Lunatic asylums United Prov. 1922-30 - 1922-1930
Year: 1922
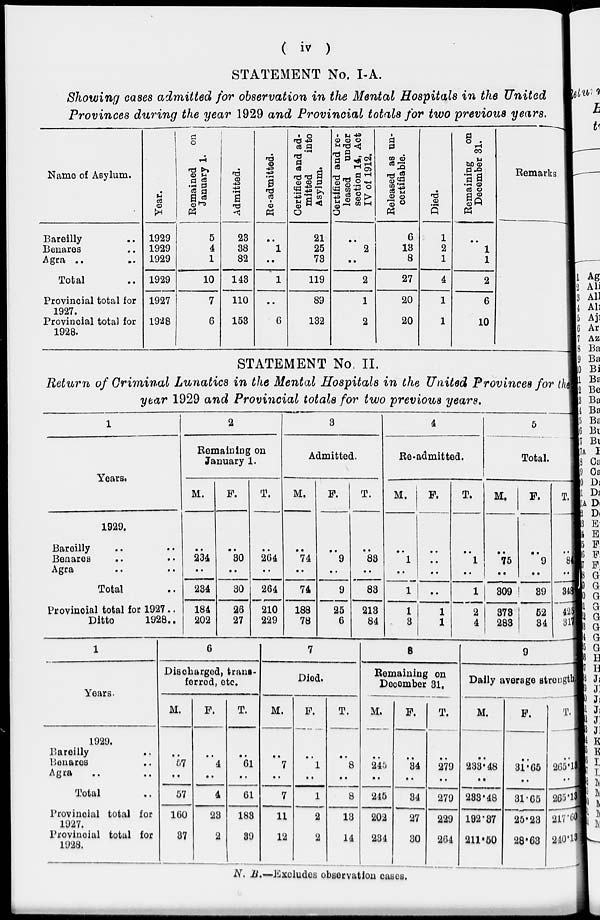
( iv )
STATEMENT No. I-A.
Showing cases admitted for observation in the Mental Hospitals in the United
Provinces during the year 1929 and Provincial totals for two previous years.
Name of Asylum.
Bareilly ..
Benares ..
Agra ..
Total ..
Provincial total for
1927.
Provincial total for
1928.
Year.
1929
1929
1929
1929
1927
1928
Remained
on
January 1.
5
4
1
10
7
6
Admitted.
23
38
82
143
110
153
Re-admitted.
..
1
..
1
..
6
Certified and ad-
mitted
into
Asylum.
21
25
73
119
89
132
Certified and re-
leased under
section 14, Act
IV of 1912.
..
2
..
2
1
2
Released as un-
certifiable.
6
13
8
27
20
20
Died.
1
2
1
4
1
1
Remaining
on
December 31.
..
1
1
2
6
10
Remarks
STATEMENT No, II.
Return of Criminal Lunatics in the Mental Hospitals in the United Provinces for the
year 1929 and Provincial totals for two previous years.
1
Years.
1929.
Bareilly .. ..
Benares .. ..
Agra .. ..
Total ..
Provincial total for 1927 ..
Ditto
1928 ..
2
Remaining on
January 1.
M.
..
234
..
234
184
202
F.
..
30
..
30
26
27
T.
..
264
..
264
210
229
3
Admitted.
M.
..
74
..
74
188
78
F.
..
9
..
9
25
6
T.
..
83
..
83
213
84
4
Re-admitted.
M.
..
1
..
1
1
3
F.
..
..
..
..
1
1
T.
..
1
..
1
2
4
5
Total.
M.
..
75
..
309
373
283
F.
9
..
39
52
34
T.
..
84
..
348
425
317
1
Years.
1929.
Bareilly ..
Benares ..
Agra .. ..
Total ..
Provincial total for
1927.
Provincial total for
1928.
6
Discharged, trans-
ferred, etc.
M.
..
57
..
57
160
37
F.
..
4
..
4
23
2
T.
..
61
..
61
183
39
7
Died.
M.
..
7
..
7
11
12
F.
..
1
..
1
2
2
T.
..
8
..
8
13
14
8
Remaining on
December 31.
M.
..
245
..
245
202
234
F.
..
34
..
34
27
30
T.
..
279
..
279
229
264
9
Daily average strength
M.
..
233.48
..
233.48
192.37
211.50
F.
..
31.65
..
31.65
25.23
28.63
T.
..
265.13
..
265.13
217.60
240.13
N. B.—Excludes observation cases.